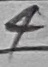
Text: 4